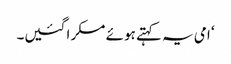
‘ امی یہ کہتے ہوئے مسکرا گئیں۔